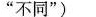
”不同”)